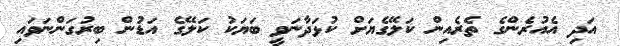
އަދި އެއުރެންގެ ތެރެއިން ކަލޭގެޔަށް ކުޅަދާނަވީ ބަޔަކު ކަލޭގެ އަޑުން ބިރުގަންނަވައި